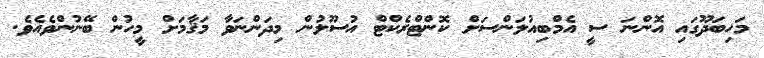
މަހިބަދޫގައި އޮންނަ ސީ އެމްބިއުލަންސަށް ކޮންޓްރެކްޓް އުސޫލުން މިދަންނަވާ މަޤާމަށް މީހުން ބޭނުންވެއެވެ.